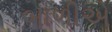
બાળીએ